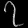
Digit: ၇